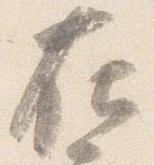
在